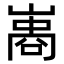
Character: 𠻭